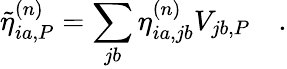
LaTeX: {\tilde{\eta}}_{ia,P}^{(n)}=\sum_{jb}\eta_{ia,jb}^{(n)}V_{jb,P}\quad.